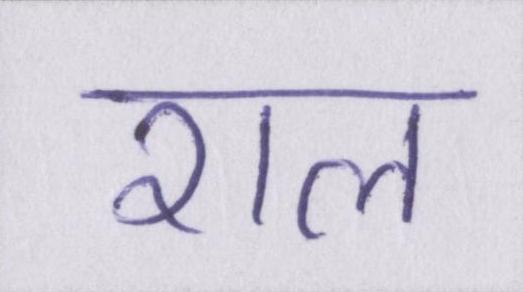
राल